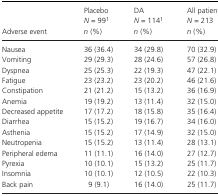
| Adverse event | PlaceboN = 99an (%) | DAN = 114an (%) | All patientsN = 213n (%) |
 | --- | --- | --- | --- |
 | Nausea | 36 (36.4) | 34 (29.8) | 70 (32.9) |
 | Vomiting | 29 (29.3) | 28 (24.6) | 57 (26.8) |
 | Dyspnea | 25 (25.3) | 22 (19.3) | 47 (22.1) |
 | Fatigue | 23 (23.2) | 23 (20.2) | 46 (21.6) |
 | Constipation | 21 (21.2) | 15 (13.2) | 36 (16.9) |
 | Anemia | 19 (19.2) | 13 (11.4) | 32 (15.0) |
 | Decreased appetite | 17 (17.2) | 18 (15.8) | 35 (16.4) |
 | Diarrhea | 15 (15.2) | 19 (16.7) | 34 (16.0) |
 | Asthenia | 15 (15.2) | 17 (14.9) | 32 (15.0) |
 | Neutropenia | 15 (15.2) | 13 (11.4) | 28 (13.1) |
 | Peripheral edema | 11 (11.1) | 16 (14.0) | 27 (12.7) |
 | Pyrexia | 10 (10.1) | 15 (13.2) | 25 (11.7) |
 | Insomnia | 10 (10.1) | 12 (10.5) | 22 (10.3) |
 | Back pain | 9 (9.1) | 16 (14.0) | 25 (11.7) |